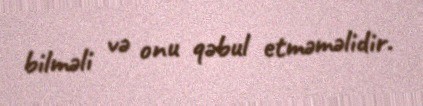
bilməli və onu qəbul etməməlidir.